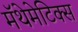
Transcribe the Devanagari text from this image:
मॅथेमेटिक्स